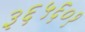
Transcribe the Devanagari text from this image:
३६५६०१